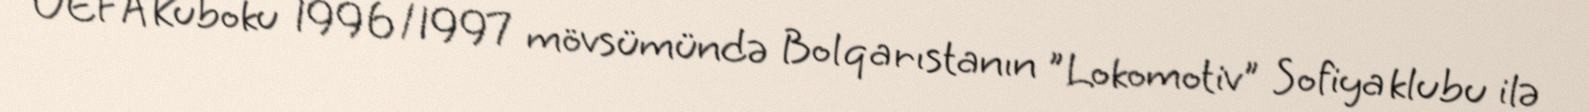
UEFA Kuboku 1996/1997 mövsümündə Bolqarıstanın "Lokomotiv" Sofiya klubu ilə